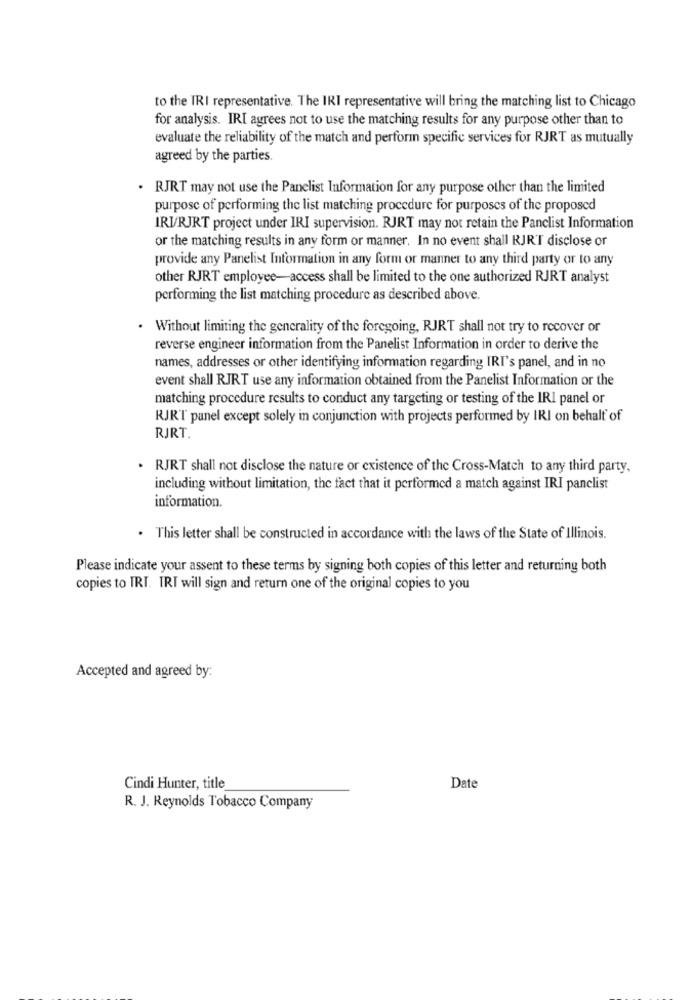
to the IRI representative. The IRI representative will bring the matching list to Chicago
for analysis. IRI agrees not to use the matching results for any purpose other than to
evaluate the reliability of the match and perform specific services for RJRT as mutually
agreed by the parties.
. RJRT may not use the Panelist Information for any purpose other than the limited
purpose of performing the list matching procedure for purposes of the proposed
IRU/RJRT project under IRI supervision. RJRT may not retain the Panclist Information
or the matching results in any form or manner. In no event shall RJR'T disclose or
provide any Panelist Information in any form or manner to any third party or to any
other RJRT employee-access shall be limited to the one authorized RJRT analyst
performing the list matching procedure as described above.
Without limiting the generality of the foregoing, RJRT shall not try to recover or
reverse engineer information from the Panelist Information in order to derive the
names, addresses or other identifying information regarding IRI's panel, and in no
event shall RJRT use any information obtained from the Panelist Information or the
matching procedure results to conduct any targeting or testing of the IRI panel or
RJRT panel except solely in conjunction with projects performed by IRI on behalf of
RJRT.
. RJRT shall not disclose the nature or cxistence of the Cross-Match to any third party,
including without limitation, the fact that it performed a match against IRI panelist
information.
. This letter shall be constructed in accordance with the laws of the State of Illinois.
Please indicate your assent to these terms by signing both copies of this letter and returning both
copies to TRI. IRI will sign and return one of the original copies to you
Accepted and agreed by:
Cindi Hunter, title
Date
R. J. Reynolds Tobacco Company